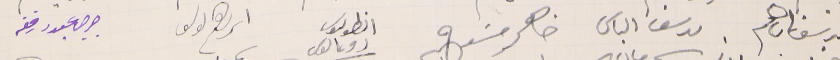
يوسف ابراهم                    ىوسف الياس                  ضاهر مسَوح                      انطوىىوس رومانوس   ابراهم ىوسف     جرجي عبود رفقه